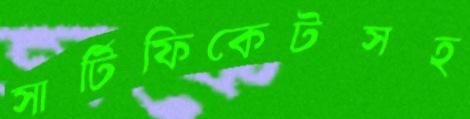
সার্টিফিকেটসহ